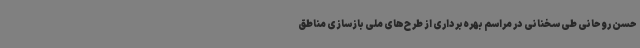
حسن روحانی طی سخنانی در مراسم بهره‌برداری از طرح‌های ملی بازسازی مناطق